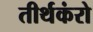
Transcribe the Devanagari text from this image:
तीर्थकंरो